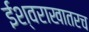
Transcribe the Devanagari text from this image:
ईश्वराखातरच